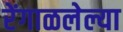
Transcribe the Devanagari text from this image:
रेंगाळलेल्या